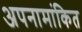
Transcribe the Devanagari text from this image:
अपनामांकित